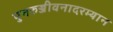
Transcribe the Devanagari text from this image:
पुनरुज्जीवनादरम्यान